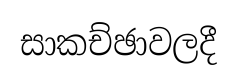
සාකච්ඡාවලදී